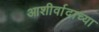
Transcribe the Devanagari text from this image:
आशीर्वादाच्या